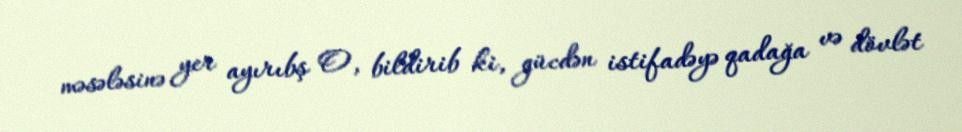
məsələsinə yer ayırıbş O, bildirib ki, gücdən istifadəyə qadağa və dövlət